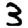
Digit: 3